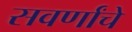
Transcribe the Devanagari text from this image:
सवर्णांचे